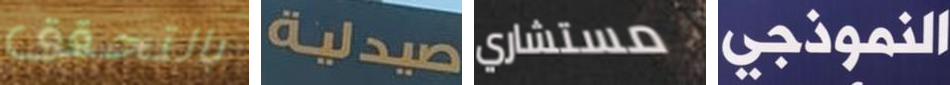
بالتحقق صيدلية مستشاري النموذجي